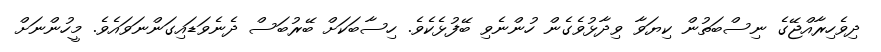
ދިވެހިރާއްޖޭގެ ނިސްބަތުން ކިޔަވާ ވިދާޅުވެގެން ހުންނެވި ބޭފުޅެކެވެ. ހިސާބަކަށް ބޭރުބަސް ދެނެވަޑައިގަންނަވައެވެ. މީހުންނަށް